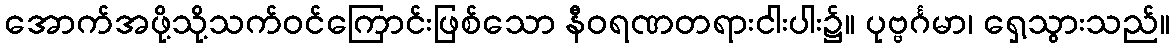
အောက်အဖို့သို့သက်ဝင်ကြောင်းဖြစ်သော နီဝရဏတရားငါးပါး၌။ ပုဗ္ဗင်္ဂမာ၊ ရှေ့သွားသည်။